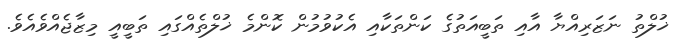
ޚުލްތު ނަޒަރިއްޔާ އާއި ތަބީއަތުގެ ކަންތަކާއި އެކުވުމުން ކޮންމެ ޚުލްތެއްގައި ތަބީއީ މިޒާޖެއްވެއެވެ.